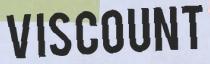
VISCOUNT